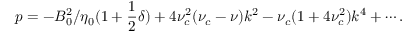
p = - B _ { 0 } ^ { 2 } / \eta _ { 0 } ( 1 + \frac { 1 } { 2 } \delta ) + 4 \nu _ { c } ^ { 2 } ( \nu _ { c } - \nu ) k ^ { 2 } - \nu _ { c } ( 1 + 4 \nu _ { c } ^ { 2 } ) k ^ { 4 } + \cdots .